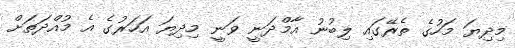
މިދިޔަ މަހުގެ ތެރޭގައި ލިބުނު އާމްދަނީ ވަނީ މިދިޔަ އަހަރުގެ އެ މުއްދަތަށް